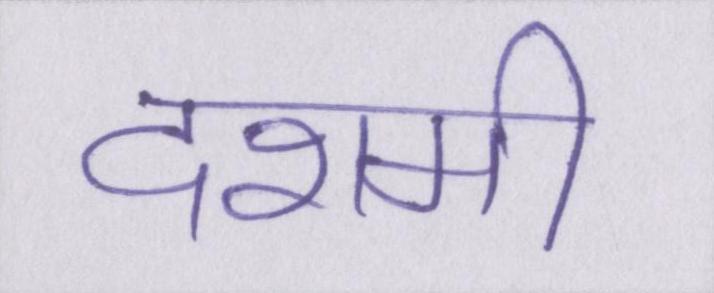
दशमी